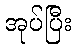
အုပ်ပြီး